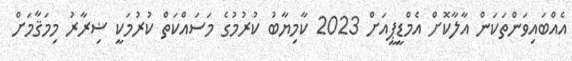
އެއްބައިވަންތަކަން އާލާކޮށް އެމްޑީޕީއަށް 2023 ކާމިޔާބު ކުރުމުގެ މަސައްކަތް ކުރުމަކީ ޟިރާރު މިމަޤާމަށް